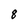
Character: 8